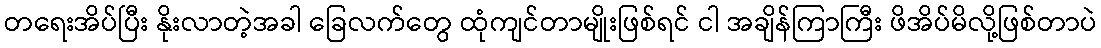
တရေးအိပ်ပြီး နိုးလာတဲ့အခါ ခြေလက်တွေ ထုံကျင်တာမျိုးဖြစ်ရင် ငါ အချိန်ကြာကြီး ဖိအိပ်မိလို့ဖြစ်တာပဲ